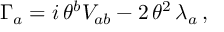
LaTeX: \Gamma _ { a } = i \, \theta ^ { b } V _ { a b } - 2 \, \theta ^ { 2 } \, \lambda _ { a } \, ,